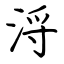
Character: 浖